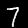
Label: 7